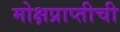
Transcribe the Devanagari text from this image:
मोक्षप्राप्तीची